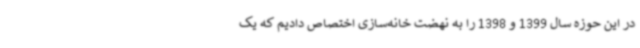
در این حوزه سال 1399 و 1398 را به نهضت خانه‌سازی اختصاص دادیم که یک